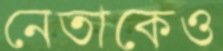
নেতাকেও